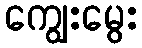
ကျွေးမွေး